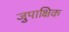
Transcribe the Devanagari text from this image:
जुपाक्षिक